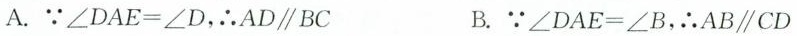
A.∵$$∠ D A E = ∠ D$$，∴AD\parallel BC B.∵$$∠ D A E = ∠ B$$，∴AB\parallel CD